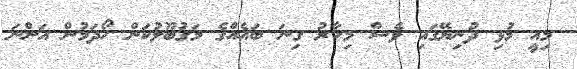
މިއީ މުޅި ދުނިޔޭގައި ވެސް މިހާރު ގިނަ ބައެއްގެ މަގުބޫލުކަން ހޯދަމުން އަންނަ